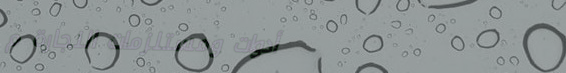
أدوات ومستلزمات النجارة م